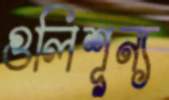
গুলিশূন্য